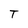
Character: T